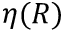
\eta ( R )